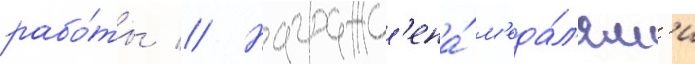
рабо́ты // Награжд'ена́ м'еда́л'ям'и